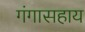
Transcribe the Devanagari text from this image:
गंगासहाय